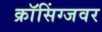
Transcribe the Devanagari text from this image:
क्राॅसिंग्जवर